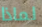
لماذا